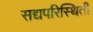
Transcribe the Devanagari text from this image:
सद्यपरिस्थिती